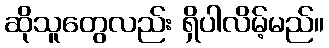
ဆိုသူတွေလည်း ရှိပါလိမ့်မည်။